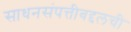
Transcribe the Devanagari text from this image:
साधनसंपत्तीबद्दलची